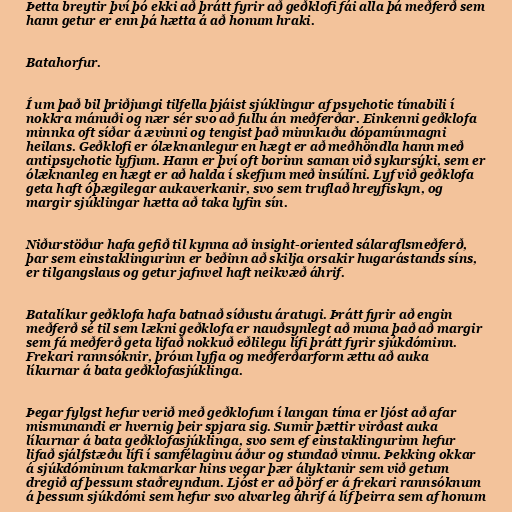
Þetta breytir því þó ekki að þrátt fyrir að geðklofi fái alla þá meðferð sem
hann getur er enn þá hætta á að honum hraki.

Batahorfur.

Í um það bil þriðjungi tilfella þjáist sjúklingur af psychotic tímabili í
nokkra mánuði og nær sér svo að fullu án meðferðar. Einkenni geðklofa
minnka oft síðar á ævinni og tengist það minnkuðu dópamínmagni
heilans. Geðklofi er ólæknanlegur en hægt er að meðhöndla hann með
antipsychotic lyfjum. Hann er því oft borinn saman við sykursýki, sem er
ólæknanleg en hægt er að halda í skefjum með insúlíni. Lyf við geðklofa
geta haft óþægilegar aukaverkanir, svo sem truflað hreyfiskyn, og
margir sjúklingar hætta að taka lyfin sín.

Niðurstöður hafa gefið til kynna að insight-oriented sálaraflsmeðferð,
þar sem einstaklingurinn er beðinn að skilja orsakir hugarástands síns,
er tilgangslaus og getur jafnvel haft neikvæð áhrif.

Batalíkur geðklofa hafa batnað síðustu áratugi. Þrátt fyrir að engin
meðferð sé til sem lækni geðklofa er nauðsynlegt að muna það að margir
sem fá meðferð geta lifað nokkuð eðlilegu lífi þrátt fyrir sjúkdóminn.
Frekari rannsóknir, þróun lyfja og meðferðarform ættu að auka
líkurnar á bata geðklofasjúklinga.

Þegar fylgst hefur verið með geðklofum í langan tíma er ljóst að afar
mismunandi er hvernig þeir spjara sig. Sumir þættir virðast auka
líkurnar á bata geðklofasjúklinga, svo sem ef einstaklingurinn hefur
lifað sjálfstæðu lífi í samfélaginu áður og stundað vinnu. Þekking okkar
á sjúkdóminum takmarkar hins vegar þær ályktanir sem við getum
dregið af þessum staðreyndum. Ljóst er að þörf er á frekari rannsóknum
á þessum sjúkdómi sem hefur svo alvarleg áhrif á líf þeirra sem af honum